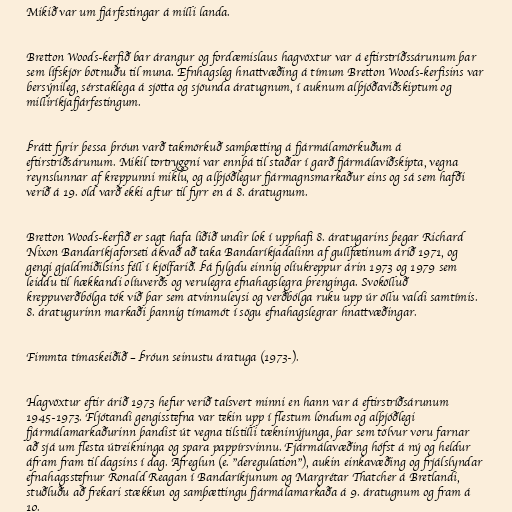
Mikið var um fjárfestingar á milli landa.

Bretton Woods-kerfið bar árangur og fordæmislaus hagvöxtur var á eftirstríðssárunum þar
sem lífskjör bötnuðu til muna. Efnhagsleg hnattvæðing á tímum Bretton Woods-kerfisins var
bersýnileg, sérstaklega á sjötta og sjöunda áratugnum, í auknum alþjóðaviðskiptum og
milliríkjafjárfestingum.

Þrátt fyrir þessa þróun varð takmörkuð samþætting á fjármálamörkuðum á
eftirstríðsárunum. Mikil tortryggni var ennþá til staðar í garð fjármálaviðskipta, vegna
reynslunnar af kreppunni miklu, og alþjóðlegur fjármagnsmarkaður eins og sá sem hafði
verið á 19. öld varð ekki aftur til fyrr en á 8. áratugnum.

Bretton Woods-kerfið er sagt hafa liðið undir lok í upphafi 8. áratugarins þegar Richard
Nixon Bandaríkjaforseti ákvað að taka Bandaríkjadalinn af gullfætinum árið 1971, og
gengi gjaldmiðilsins féll í kjölfarið. Þá fylgdu einnig olíukreppur árin 1973 og 1979 sem
leiddu til hækkandi olíuverðs og verulegra efnahagslegra þrenginga. Svokölluð
kreppuverðbólga tók við þar sem atvinnuleysi og verðbólga ruku upp úr öllu valdi samtímis.
8. áratugurinn markaði þannig tímamót í sögu efnahagslegrar hnattvæðingar.

Fimmta tímaskeiðið – Þróun seinustu áratuga (1973-).

Hagvöxtur eftir árið 1973 hefur verið talsvert minni en hann var á eftirstríðsárunum
1945-1973. Fljótandi gengisstefna var tekin upp í flestum löndum og alþjóðlegi
fjármálamarkaðurinn þandist út vegna tilstilli tækninýjunga, þar sem tölvur voru farnar
að sjá um flesta útreikninga og spara pappírsvinnu. Fjármálavæðing hófst á ný og heldur
áfram fram til dagsins í dag. Afreglun (e. "deregulation"), aukin einkavæðing og frjálslyndar
efnahagsstefnur Ronald Reagan í Bandaríkjunum og Margrétar Thatcher á Bretlandi,
stuðluðu að frekari stækkun og samþættingu fjármálamarkaða á 9. áratugnum og fram á
10.